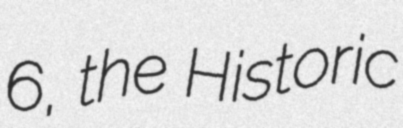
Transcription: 6, the Historic